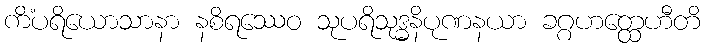
ကိံပရိယောသာနာ နစိရဿေဝ သုပရိသုဒ္ဓနိပုဏနယာ ခဂ္ဂဟတ္ထေဟီတိ